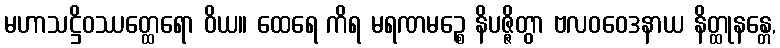
မဟာသဋ္ဌိဝဿတ္ထေရော ဝိယ။ ထေရေ ကိရ မရဏမဉ္စေ နိပဇ္ဇိတွာ ဗလဝဝေဒနာယ နိတ္ထုနန္တေ,